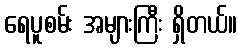
ရေပူစမ်း အများကြီး ရှိတယ်။